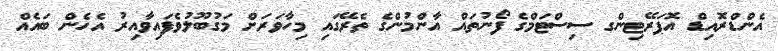
އެންޑްރޮއިޑް އޮޕަރޭޓިންގ ސިސްޓަމްގެ ފޯނުތައް އާންމުންގެ ތެރޭގައި މިހާވަރަށް މަގުބޫލުވެފައިވާއިރު އެހެން ބައެއް